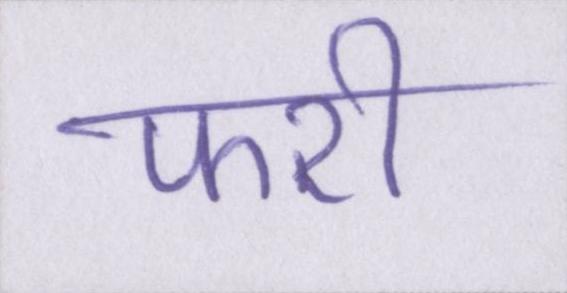
फरी